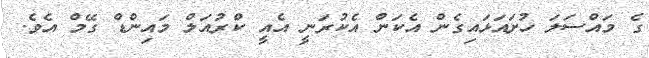
ގެ މައްސަލަ ހުށައަޅައިގެން އެކަން އެކުރަނީ އެއީ ކްރުއަލް މައިންޑް ގޭމް އެވެ.